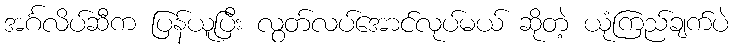
အင်္ဂလိပ်ဆီက ပြန်ယူပြီး လွတ်လပ်အောင်လုပ်မယ် ဆိုတဲ့ ယုံကြည်ချက်ပဲ